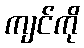
ကျင်ကို